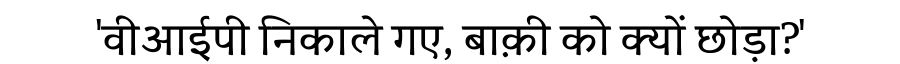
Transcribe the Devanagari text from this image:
'वीआईपी निकाले गए, बाक़ी को क्यों छोड़ा?'